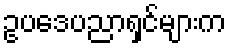
ဥပဒေပညာရှင်များက